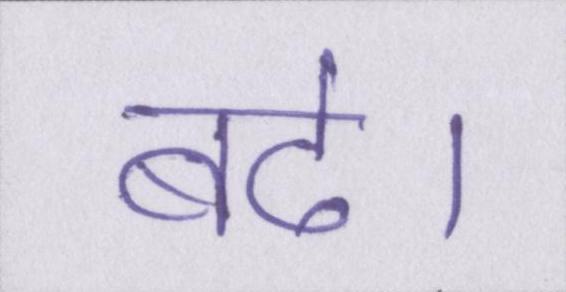
बढे।